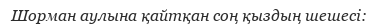
Шорман аулына қайтқан соң қыздың шешесі: